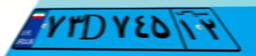
۷۳D۷۴۵۱۲